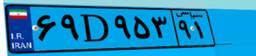
۴۷D۰۳۱۴۱